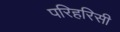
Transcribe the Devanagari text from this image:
परिहरिसी